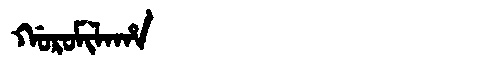
Manchu: ᡤᠣᡵᠣᠮᡳᠯᠠᡥᠠ
Romanization: GOROMILAHA